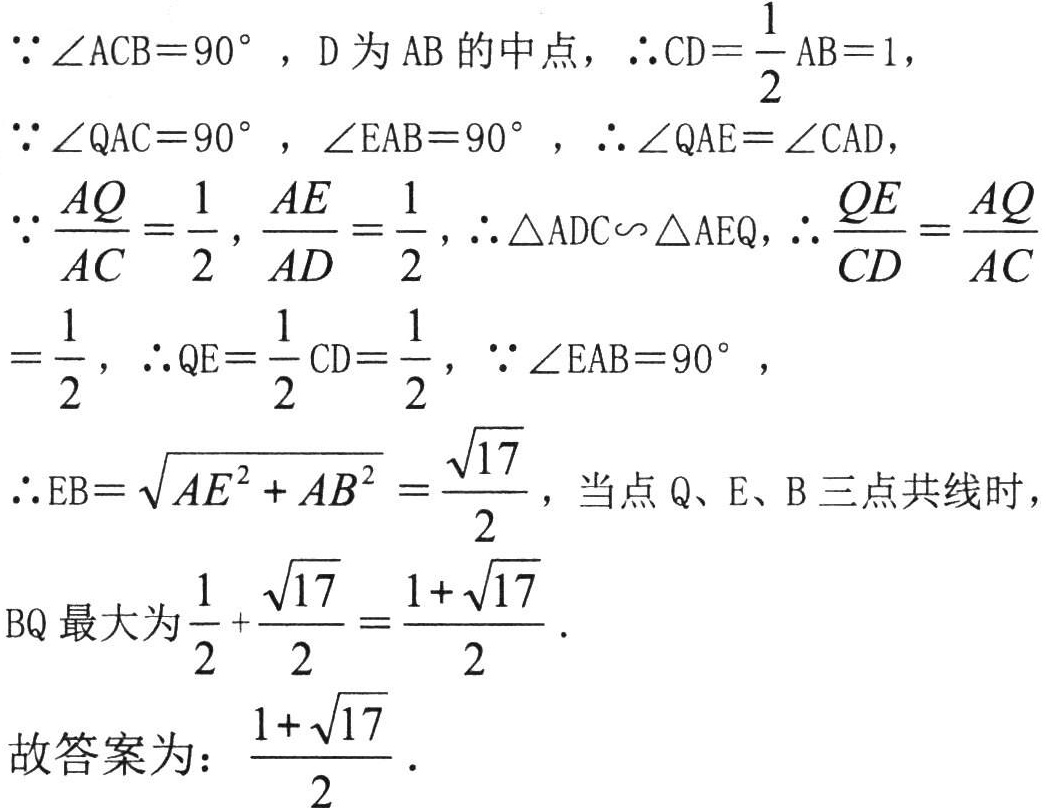
\(

\begin{align*}

&\because\angle ACB = 90^{\circ}，D\text{ 为 }AB\text{ 的中点}，\therefore CD=\frac{1}{2}AB = 1，\\

&\because\angle QAC = 90^{\circ}，\angle EAB = 90^{\circ}，\therefore\angle QAE=\angle CAD，\\

&\because\frac{AQ}{AC}=\frac{1}{2}，\frac{AE}{AD}=\frac{1}{2}，\therefore\triangle ADC\sim\triangle AEQ，\therefore\frac{QE}{CD}=\frac{AQ}{AC}\\

&=\frac{1}{2}，\therefore QE=\frac{1}{2}CD=\frac{1}{2}，\because\angle EAB = 90^{\circ}，\\

&\therefore EB=\sqrt{AE^{2}+AB^{2}}=\frac{\sqrt{17}}{2}，\text{ 当点 }Q、E、B\text{ 三点共线时}，\\

&BQ\text{ 最大为 }\frac{1}{2}+\frac{\sqrt{17}}{2}=\frac{1 + \sqrt{17}}{2}．\\

&\text{故答案为：}\frac{1+\sqrt{17}}{2}．

\end{align*}

\)